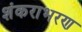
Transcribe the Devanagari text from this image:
शंकराभरण